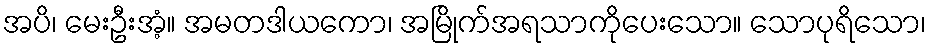
အပိ၊ မေးဦးအံ့။ အမတဒါယကော၊ အမြိုက်အရသာကိုပေးသော။ သောပုရိသော၊